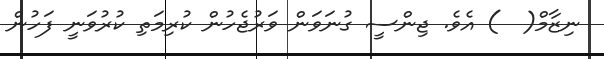
ނިޒާމް(  ) އެވެ. ޖިންސީ ގުނަވަން ވަރުޖެހުން ކުރިމަތި ކުރުވަނީ ފަހުން